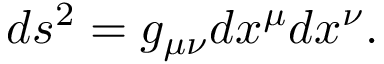
d s ^ { 2 } = g _ { \mu \nu } d x ^ { \mu } d x ^ { \nu } .